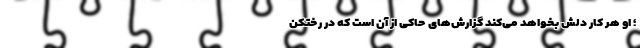
؛ او هر کار دلش بخواهد می‌کند گزارش‌های حاکی از آن است که در رختکن